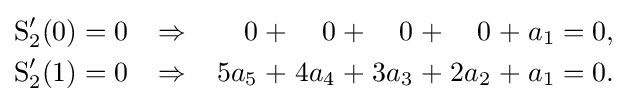
{\begin{alignedat}{15}\operatorname {S} _{2}'(0)&&\;=\;&&0\;\;\;\;&&\Rightarrow &&\;\;\;\;0\;&&+&&\;0\;&&+&&\;0\;&&+&&\;0\;&&+&&\;a_{1}\;&&=\;&&0,&\\\operatorname {S} _{2}'(1)&&\;=\;&&0\;\;\;\;&&\Rightarrow &&\;\;\;\;5a_{5}\;&&+&&\;4a_{4}\;&&+&&\;3a_{3}\;&&+&&\;2a_{2}\;&&+&&\;a_{1}\;&&=\;&&0.&\end{alignedat}}